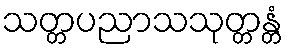
သတ္တပညာသသုတ္တန္တံ